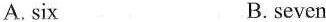
A.six B.seven